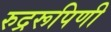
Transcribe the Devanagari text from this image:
रुद्ररूपिणी